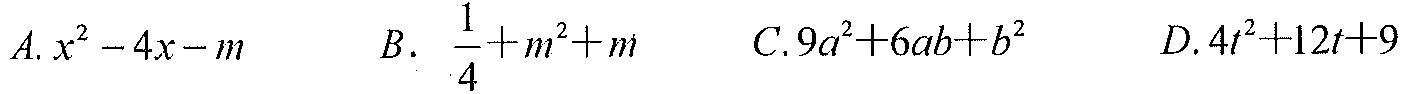
\(A. x^{2}-4x - m\)  \(B.\ \frac{1}{4}+m^{2}+m\)  \(C.9a^{2}+6ab + b^{2}\)  \(D.4t^{2}+12t + 9\)